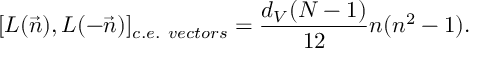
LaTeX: [ L ( \vec { n } ) , L ( - \vec { n } ) ] _ { c . e . \ v e c t o r s } = \frac { d _ { V } ( N - 1 ) } { 1 2 } n ( n ^ { 2 } - 1 ) .